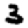
Digit: 3